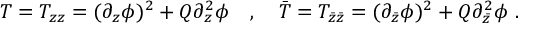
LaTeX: T = T _ { z z } = ( \partial _ { z } \phi ) ^ { 2 } + Q \partial _ { z } ^ { 2 } \phi \quad , \quad { \bar { T } } = T _ { { \bar { z } } { \bar { z } } } = ( \partial _ { \bar { z } } \phi ) ^ { 2 } + Q \partial _ { \bar { z } } ^ { 2 } \phi \ .